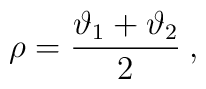
\rho =\displaystyle\frac{\vartheta _{1}+\vartheta _{2}}{2}\: ,